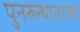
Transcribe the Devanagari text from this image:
पुनरुत्थानाला